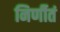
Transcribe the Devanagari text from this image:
निर्णीतं